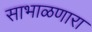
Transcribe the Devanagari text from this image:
साभाळणारा